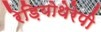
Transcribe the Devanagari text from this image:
रेड़ियोथेरेपी